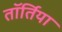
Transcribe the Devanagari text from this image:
तॉर्तिया